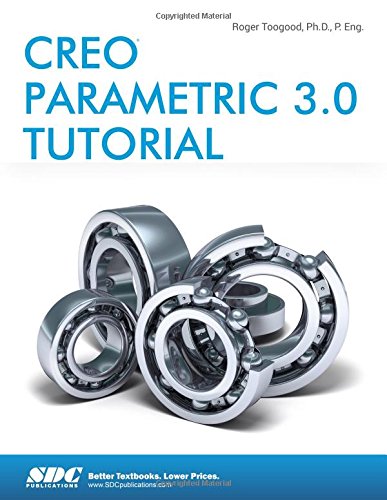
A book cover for Creo Parametric 3.0 Tutorial; Roger Toogood; Engineering & Transportation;